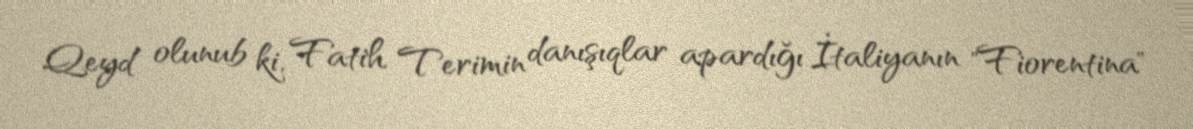
Qeyd olunub ki, Fatih Terimin danışıqlar apardığı İtaliyanın "Fiorentina"